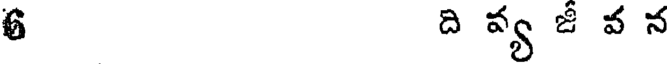
6 ది వ్య జీ వ న